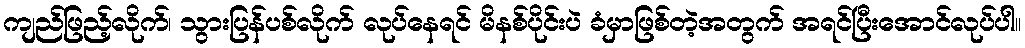
ကျည်ဖြည့်လိုက်၊ သွားပြန်ပစ်လိုက် လုပ်နေရင် မိနစ်ပိုင်းပဲ ခံမှာဖြစ်တဲ့အတွက် အရင်ပြီးအောင်လုပ်ပါ။